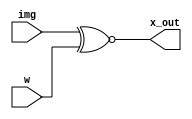
`timescale 1ns / 1ps

module xnor7(
    input[6:0] img,
    input[6:0] w,
    output wire[6:0] x_out
    );
    
    wire [6:0] img_cal;
    assign img_cal[6] = img[6] ;
    assign img_cal[5] = img[5];
    assign img_cal[4:2] = img[4:2];
    assign img_cal[1] = img[1];
    assign img_cal[0] = img[0];
    assign x_out = img_cal~^w;
endmodule